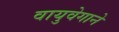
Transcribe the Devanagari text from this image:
वायुवेगाने